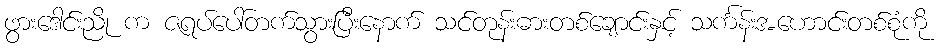
ဖွားဒေါင်းညို က ဇရပ်ပေါ်တက်သွားပြီးနောက် သင်တုန်းဓားတစ်ချောင်းနှင့် သင်္ကန်းအဟောင်းတစ်စုံကို